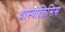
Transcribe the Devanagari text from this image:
थ्रोम्बोलिसिस